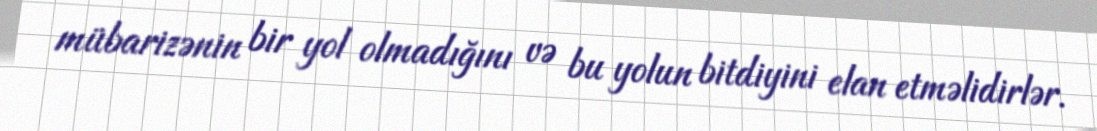
mübarizənin bir yol olmadığını və bu yolun bitdiyini elan etməlidirlər.